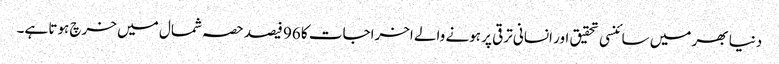
دنیا بھر میں سائنسی تحقیق اور انسانی ترقی پر ہونے والے اخراجات کا 96 فیصد حصہ شمال میں خرچ ہوتا ہے۔